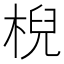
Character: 棿